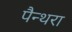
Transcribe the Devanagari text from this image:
पैन्थरा